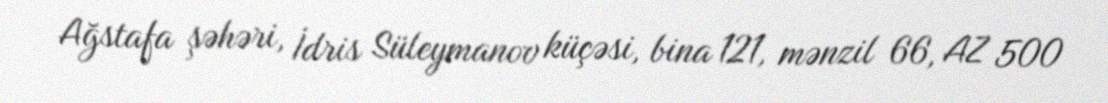
Ağstafa şəhəri, İdris Süleymanov küçəsi, bina 121, mənzil 66, AZ 500